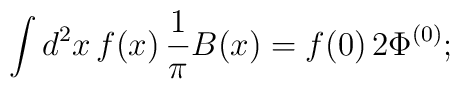
\int d^2x\,f(x)\,{1\over\pi}B(x)=f(0)\, 2 \Phi^{(0)} ;